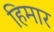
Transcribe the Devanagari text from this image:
हिमार